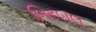
બિરબલ